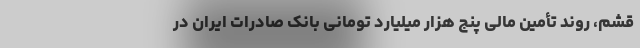
قشم، روند تأمین مالی پنج هزار میلیارد تومانی بانک صادرات ایران در